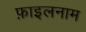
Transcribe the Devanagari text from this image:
फ़ाइलनाम